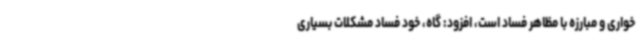
خواری و مبارزه با مظاهر فساد است، افزود: گاه، خود فساد مشکلات بسیاری